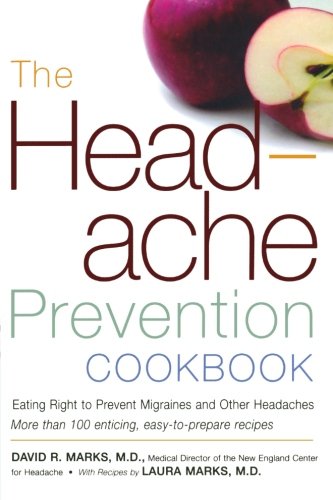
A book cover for The Headache Prevention Cookbook: Eating Right to Prevent Migraines and Other Headaches; David R. Marks M.D.; Health, Fitness & Dieting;